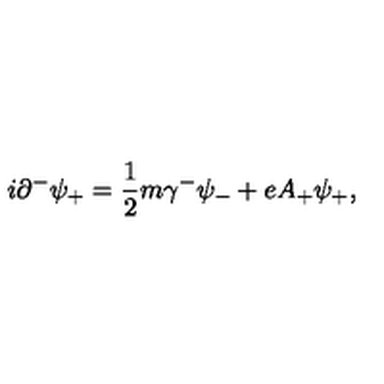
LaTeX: i { \partial } ^ { - } { \psi } _ { + } = \frac { 1 } { 2 } m { \gamma } ^ { - } { \psi } _ { - } + e A _ { + } { \psi } _ { + } ,